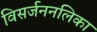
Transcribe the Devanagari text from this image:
विसर्जननलिका